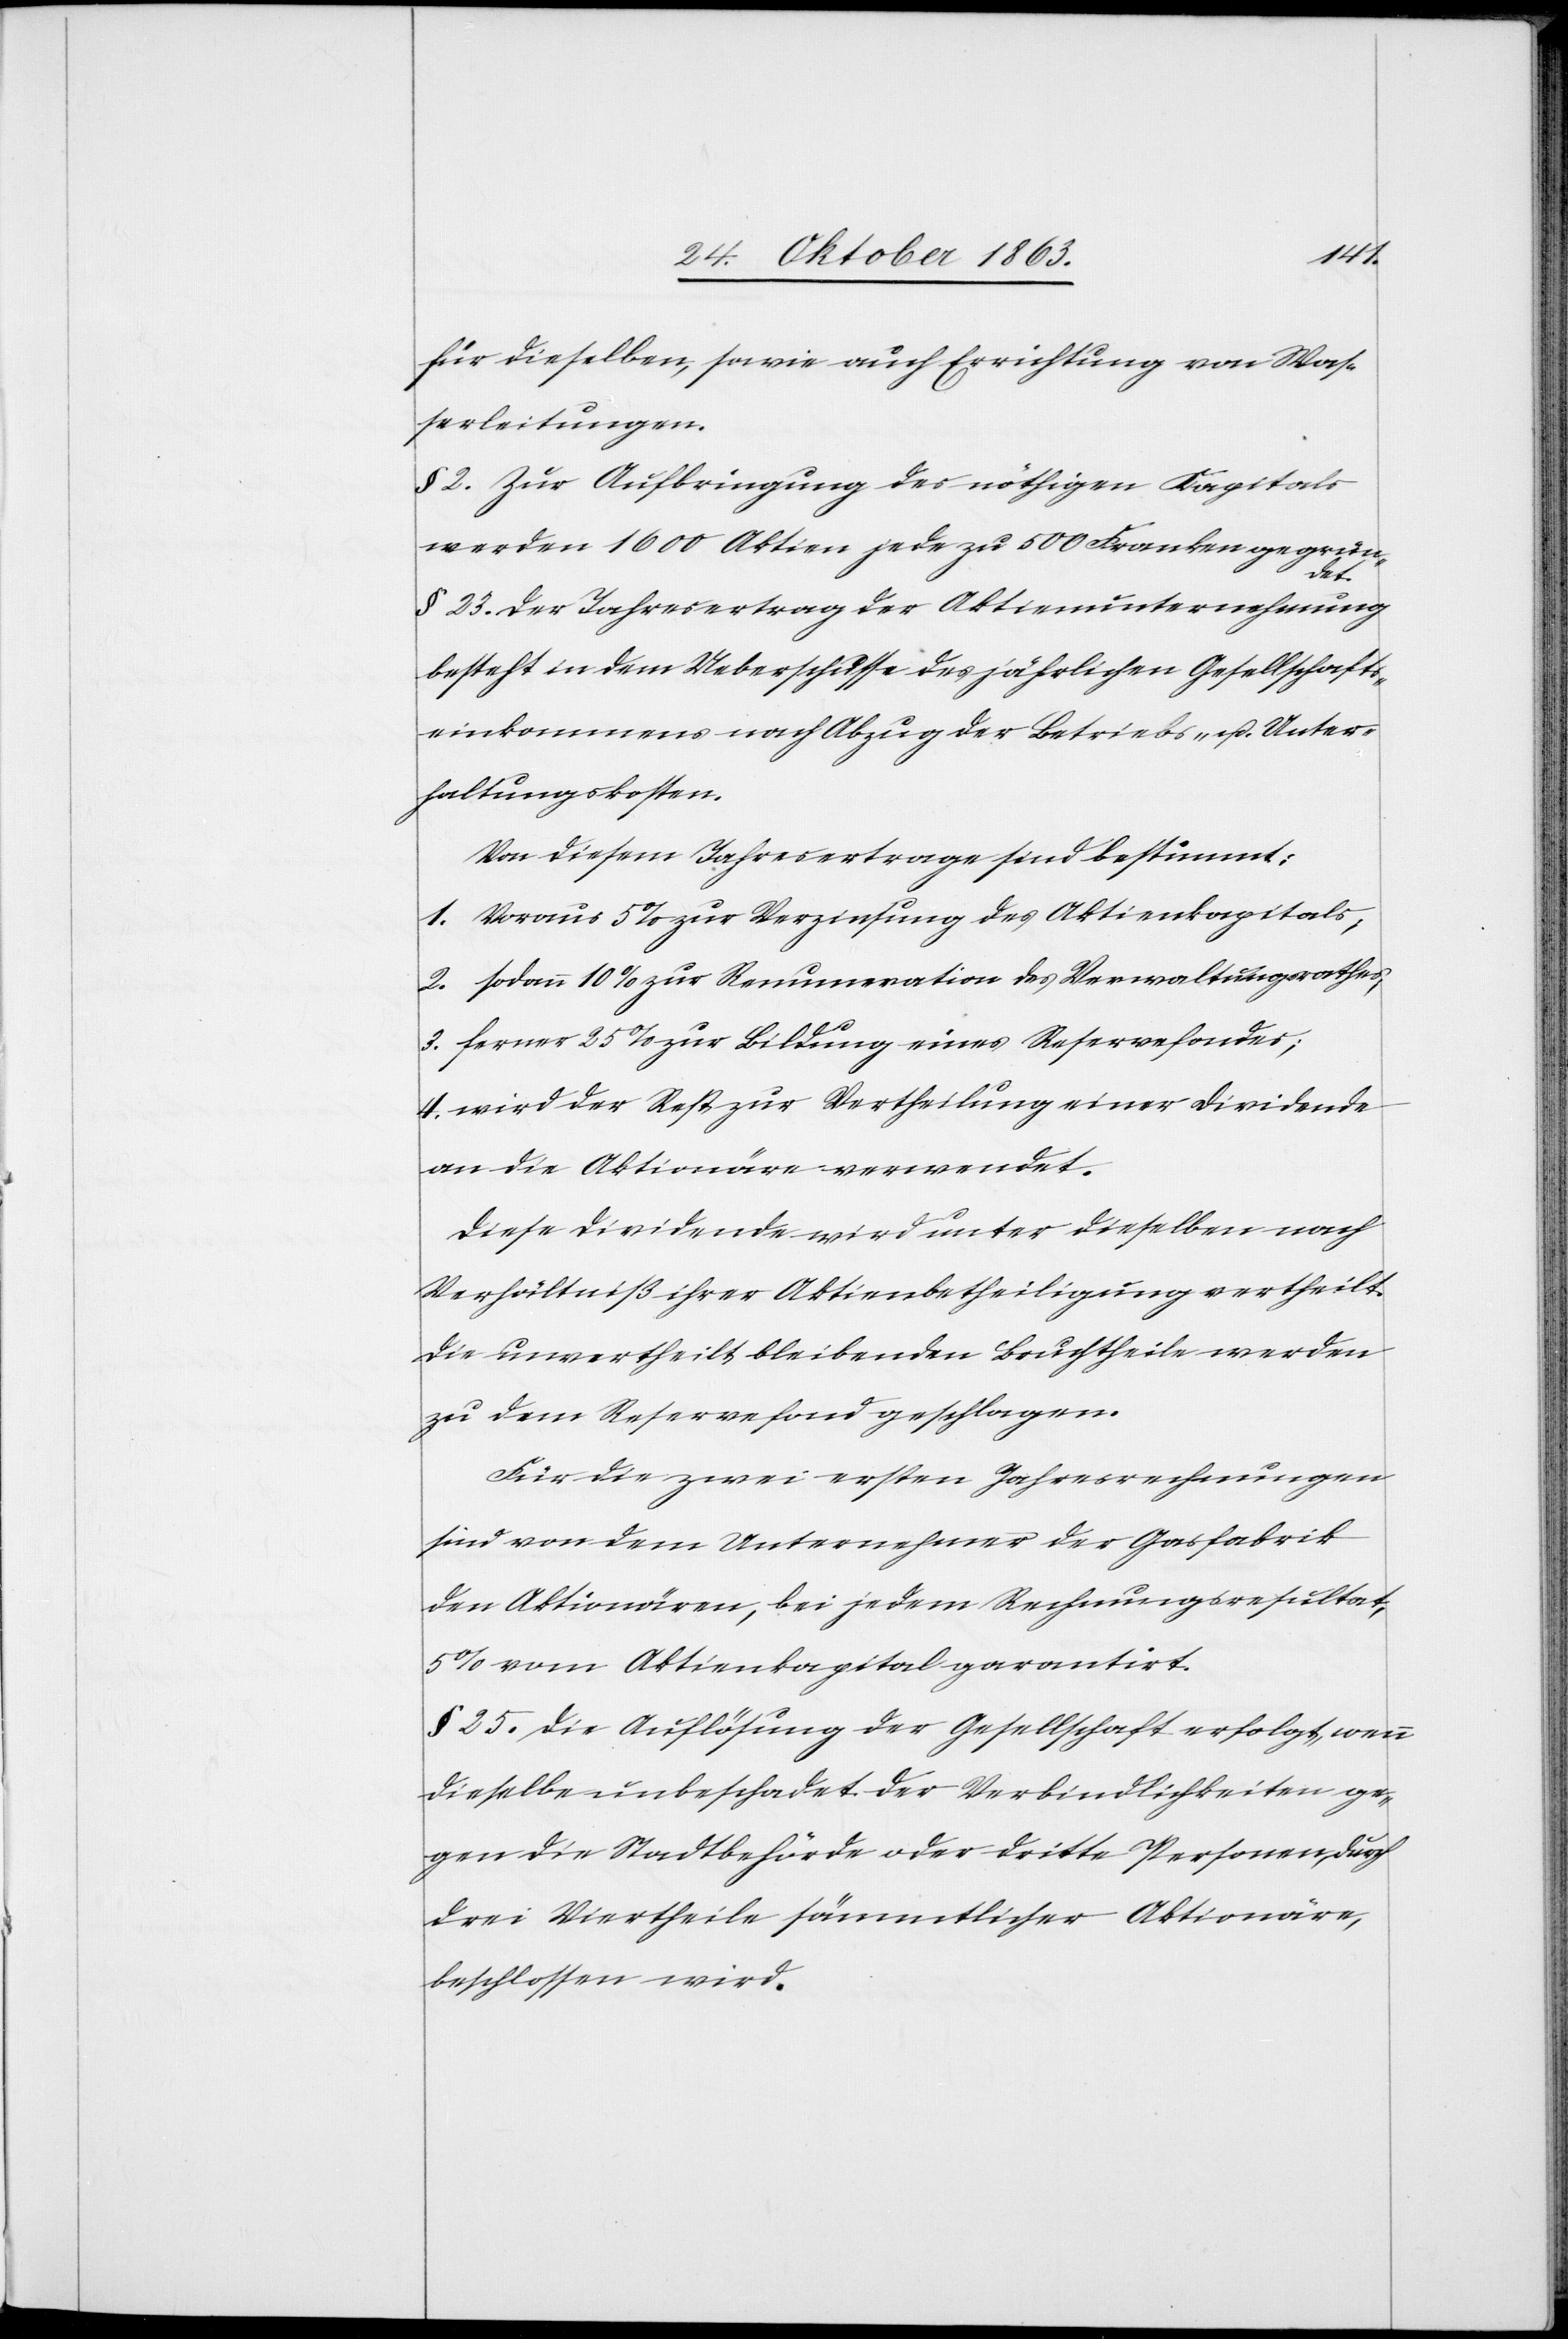
für dieselben, sowie auch Errichtung von Was¬
serleitungen.
§ 2. Zur Aufbringung des nöthigen Kapitals
werden 1600 Aktien jede zu 500 Franken gegrün¬
det.
§ 23. Der Jahresvertrag der Aktienunternehmung
besteht in dem Ueberschusse des jährlichen Gesellschafts¬
einkommens nach Abzug der Betriebs- u. Unter¬
haltungskosten.
Von diesem Jahresertrage sind bestimmt:
1. Voraus 5% zur Verzinsung des Aktienkapitals;
2. sodann 10% zur Renumeration des Verwaltungsrathes;
3. ferner 25% zur Bildung eines Reservefondes;
4. wird der Rest zur Vertheilung einer Dividende
an die Aktionäre verwendet.
Diese Dividende wird unter dieselben nach
Verhältniß ihrer Aktienbetheiligung vertheilt.
Die unvertheilt bleibenden Bruchtheile werden
zu dem Reservefond geschlagen.
Für die zwei ersten Jahresrechnungen
sind von dem Unternehmer der Gasfabrik
den Aktionären, bei jedem Rechnungsresultat,
5% vom Aktienkapital garantirt.
§ 25. Die Auflösung der Gesellschaft erfolgt, wenn
dieselbe unbeschadet der Verbindlichkeiten ge¬
gen die Stadtbehörde oder dritte Personen, durch
drei Viertheile sämmtlicher Aktionäre,
beschlossen wird.